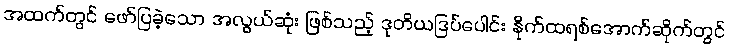
အထက်တွင် ဖော်ပြခဲ့သော အလွယ်ဆုံး ဖြစ်သည့် ဒုတိယဒြပ်ပေါင်း နိုက်ထရစ်အောက်ဆိုက်တွင်